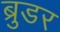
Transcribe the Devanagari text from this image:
ब्रुडर